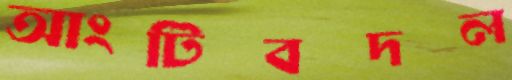
আংটিবদল